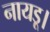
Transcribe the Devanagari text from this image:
नायडू।